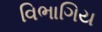
વિભાગિય